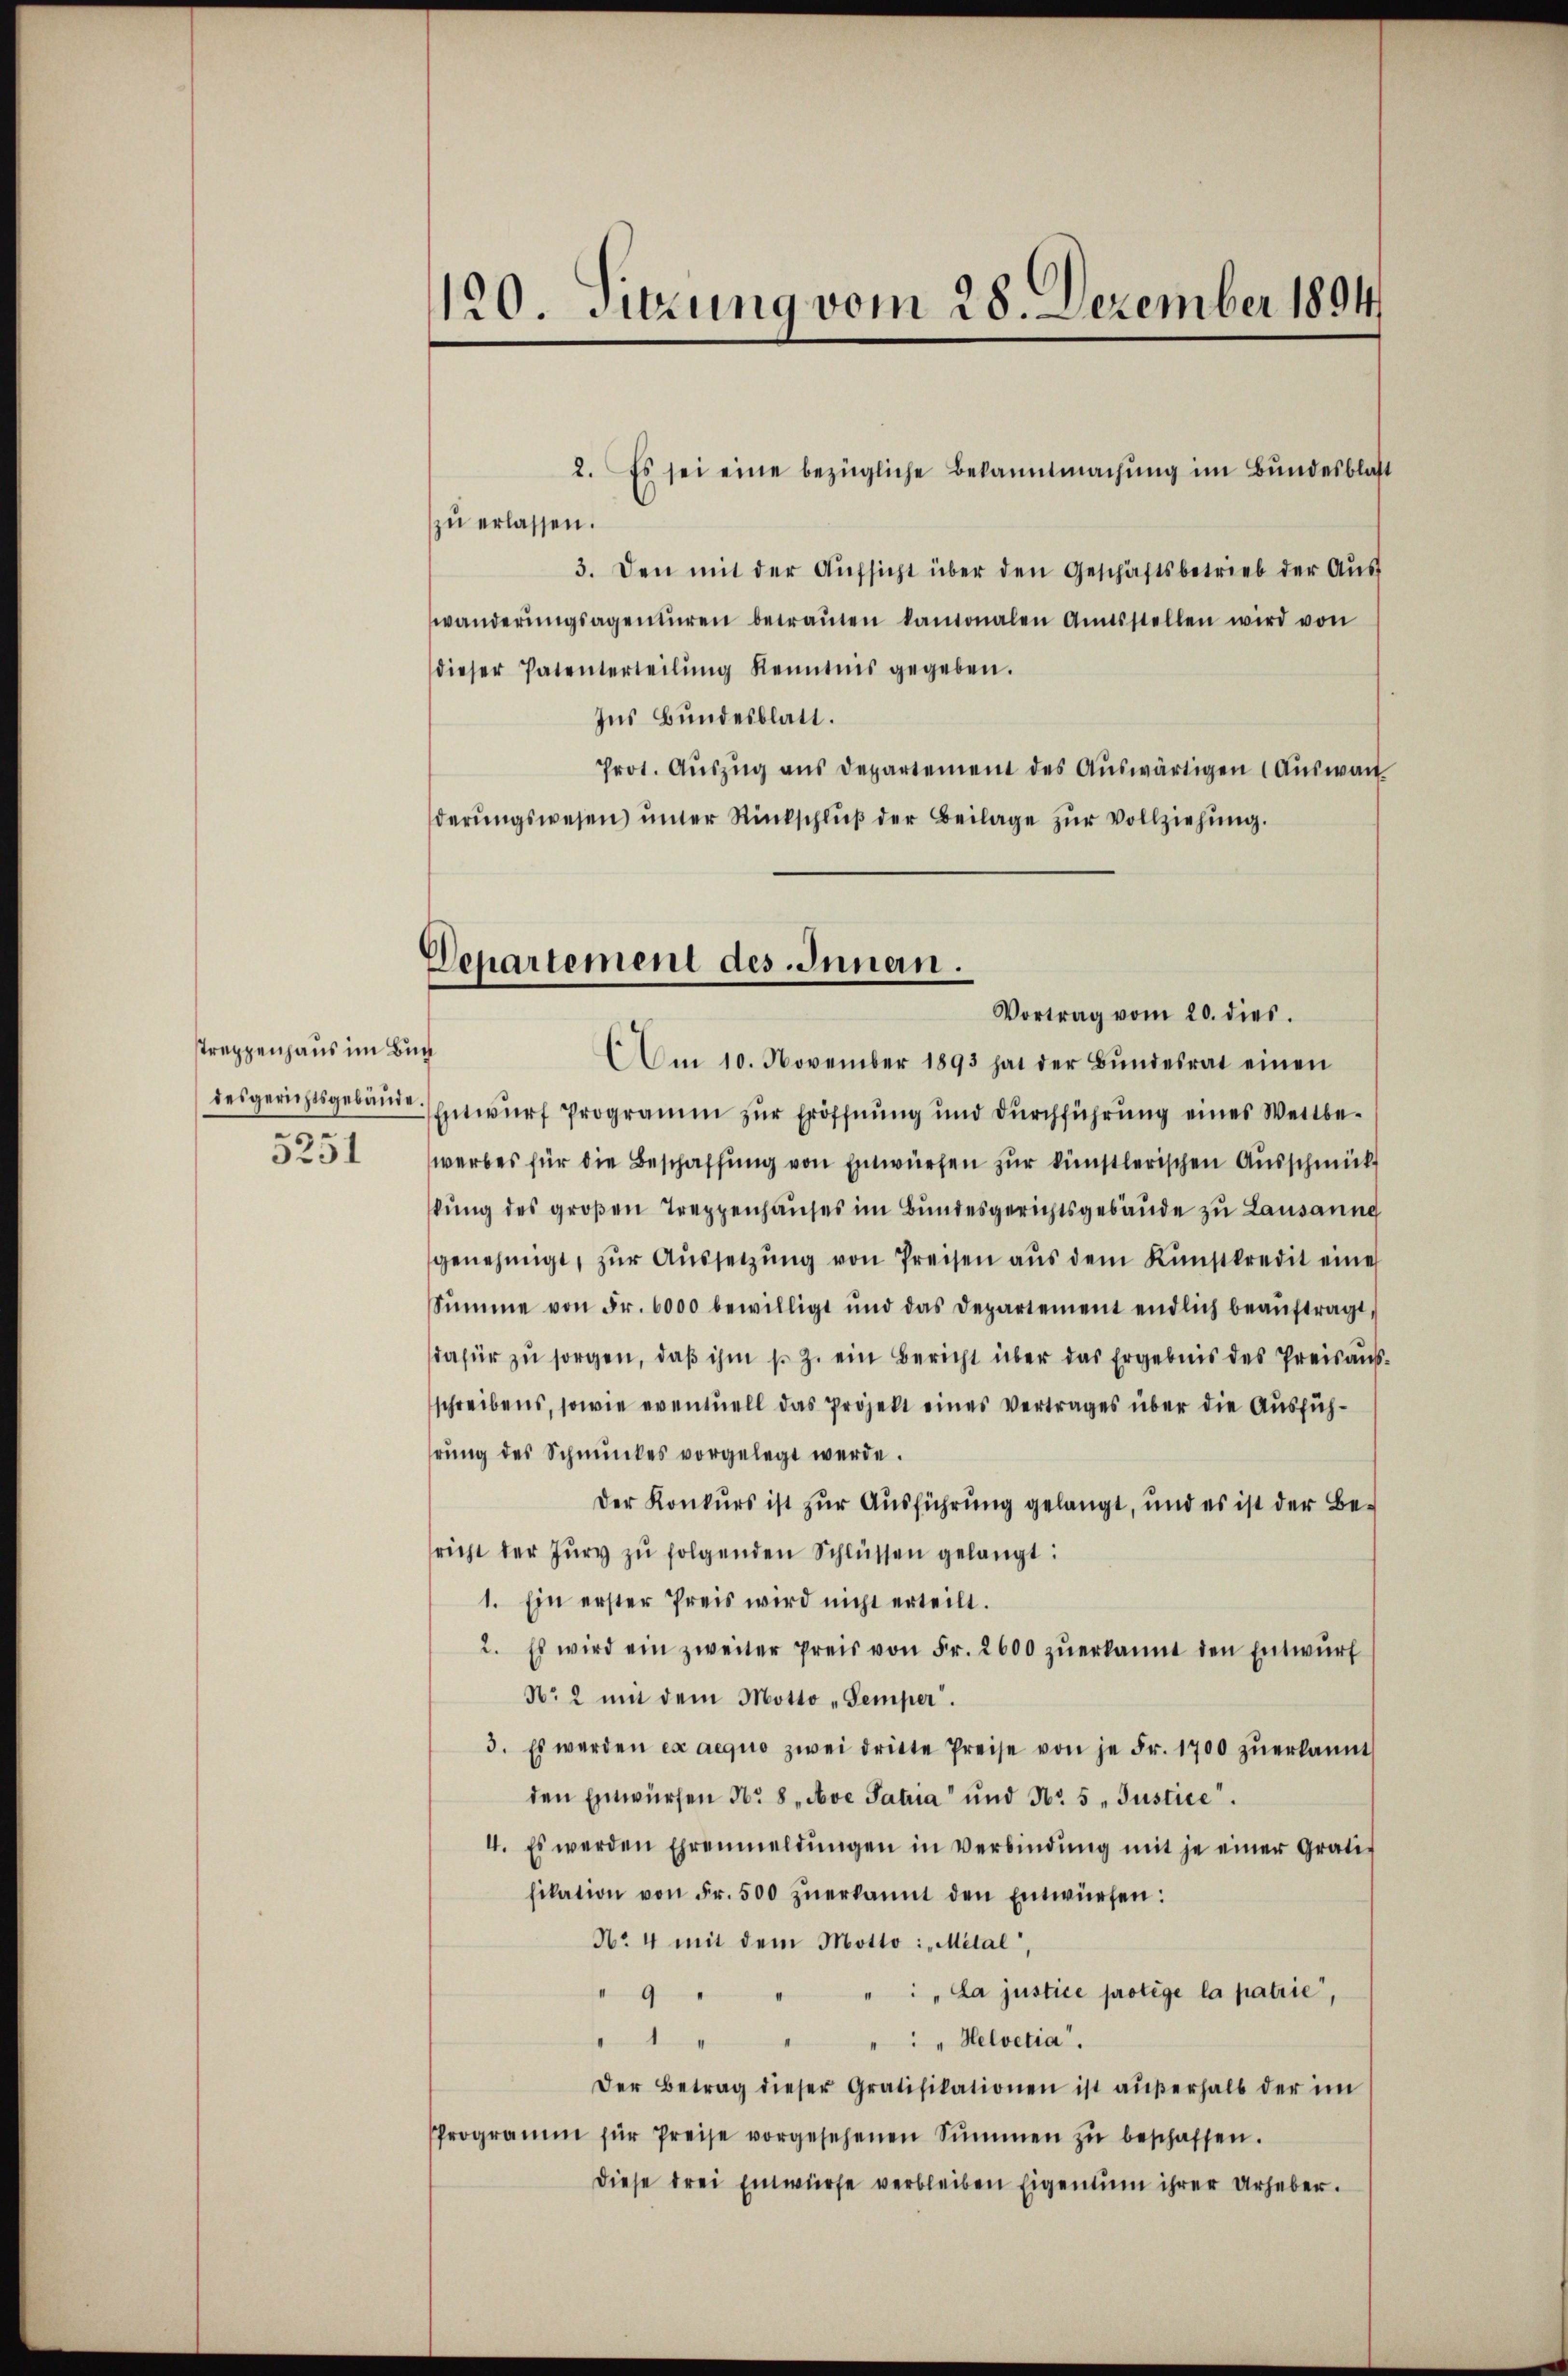
treppenhaus im Buch
desgerichtsgebäude
5251

120. Sitzung vom 28. Dezember 1894

Departement des Innern.
Vortrag vom 20. dies

2. Es sei eine bezügliche Bekanntmachung im Bundesblatt
zu erlassen.
3. Den mit der Aŭfsicht über den Geschäftsbetrieb der Aŭs
wanderŭngsagenturen betraŭten kantonalen Amtsstellen wird von
dieser Patenterteilŭng Kenntnis gegeben.
Ins Bundesblatt.
Prot. Auszug aus Departement des Auswärtigen Auswan
derŭngswesen ŭnter Rückschlŭβ der Beilage zur Vollziehung.
Am 10. November 1893 hat der Bŭndesrat einen
Entwurf Programm zur Eröffnung und Durchführung eines Wettbewerbes für die Beschaffung von Entwürfen zur künstlerischen Ausschmückt
kung des großen Treppenhauses im Bundesgerichtsgebäude zu Lausaung
genehmigt, zŭr Aŭssetzŭng von Preisen aus dem Kunstkredit eine
Sŭmme von Fr. 6000 bewilligt und das Departement endlich beaŭftragt,
dafür zŭ sorgen, daβ ihm s. Z. ein Bericht über das Ergebnis des Preisausschreibens, sowie eventuell das Projekt eines Vertrages über die Ausführŭng des Schmuckes vorgelegt werde.
Der Konkurs ist zur Ausführung gelangt, und es ist der Bericht der Zŭry zŭ folgenden Schlüssen gelangt:
1. Ein erster Preis wird nicht erteilt.
2. Es wird ein zweiter Preis von Fr. 2600 zŭerkannt den Entwŭrf
No 2 mit dem Motto „Semper.
3. Es werden ex aequo zwei dritte Preise von je Fr. 1700 zŭerkannt
den Entwürfen No. 8 „Ave Patria" und No 5 „Justice.
4. Es werden Ehrenmeldŭngen in Verbindŭng mit je einer Grati-
fikation von Fr. 500 zŭerkannt den Entwürfen:
No 4 mit dem Motto: „Metal,
" : „La justice protege la patrie,
 9 "
1
" " " Helvetia.
Der Betrag dieser Gratifikationen ist aŭβerhalb der im
Programm für Preise vorgesehenen Summen zŭ beschaffen.
Diese drei Einwürfe verbleiben Eigentum ihrer Urheber.